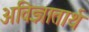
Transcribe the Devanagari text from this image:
अविज्ञातार्थ